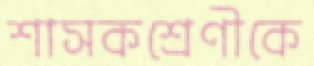
শাসকশ্রেণীকে